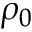
\rho _ { 0 }